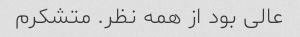
عالی بود از همه نظر. متشکرم